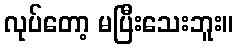
လုပ်တော့ မပြီးသေးဘူး။